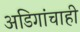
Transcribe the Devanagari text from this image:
अडिगांचाही